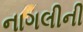
નાગલીની